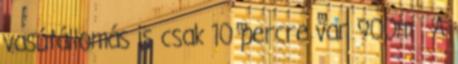
vasútállomás is csak 10 percre van 900m . A